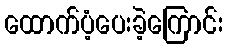
ထောက်ပံ့ပေးခဲ့ကြောင်း